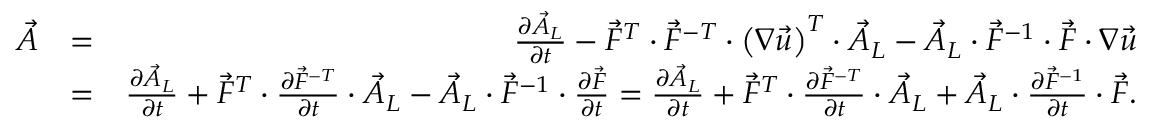
\begin{array} { r l r } { \stackrel { \triangledown } { \vec { A } } } & { = } & { \frac { \partial \vec { A } _ { L } } { \partial t } - \vec { F } ^ { T } \cdot \vec { F } ^ { - T } \cdot \left( \boldsymbol { \nabla } \vec { u } \right) ^ { T } \cdot \vec { A } _ { L } - \vec { A } _ { L } \cdot \vec { F } ^ { - 1 } \cdot \vec { F } \cdot \boldsymbol { \nabla } \vec { u } } \\ & { = } & { \frac { \partial \vec { A } _ { L } } { \partial t } + \vec { F } ^ { T } \cdot \frac { \partial \vec { F } ^ { - T } } { \partial t } \cdot \vec { A } _ { L } - \vec { A } _ { L } \cdot \vec { F } ^ { - 1 } \cdot \frac { \partial \vec { F } } { \partial t } = \frac { \partial \vec { A } _ { L } } { \partial t } + \vec { F } ^ { T } \cdot \frac { \partial \vec { F } ^ { - T } } { \partial t } \cdot \vec { A } _ { L } + \vec { A } _ { L } \cdot \frac { \partial \vec { F } ^ { - 1 } } { \partial t } \cdot \vec { F } . } \end{array}